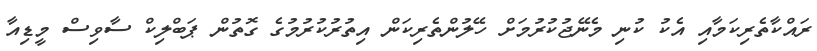
ރައްކާތެރިކަމާއި އެކު ކުނި މެނޭޖުކުރުމަށް ހޭލުންތެރިކަން އިތުރުކުރުމުގެ ގޮތުން ޕަބްލިކް ސާވިސް މީޑިއާ